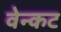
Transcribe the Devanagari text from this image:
वेन्कट